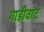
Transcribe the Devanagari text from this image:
गाडीवाट